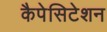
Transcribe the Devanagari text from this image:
कैपेसिटेशन